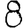
Digit: 8